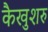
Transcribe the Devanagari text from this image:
कैखुशरु